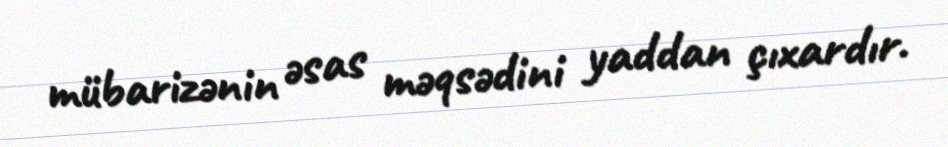
mübarizənin əsas məqsədini yaddan çıxardır.